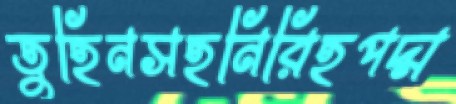
তুহিনসহনিরিহপদ্ম